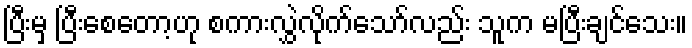
ပြီးမှ ပြီးစေတော့ဟု စကားလွှဲလိုက်သော်လည်း သူက မပြီးချင်သေး။